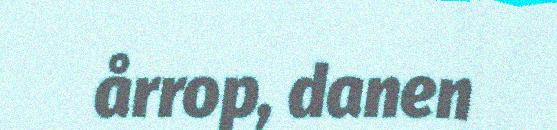
årrop, danen